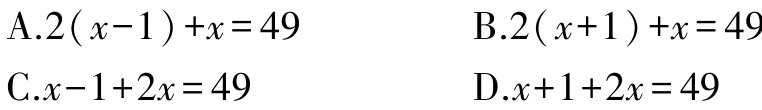
A.$2(x - 1)+x = 49$
B.$2(x + 1)+x = 49$
C.$x - 1+2x = 49$
D.$x + 1+2x = 49$